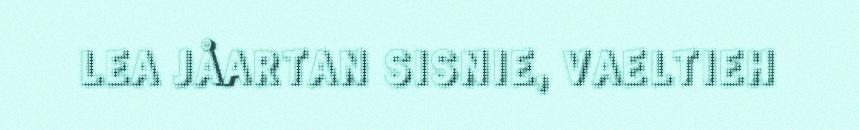
LEA JÅARTAN SISNIE, VAELTIEH